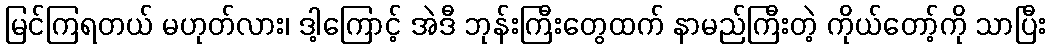
မြင်ကြရတယ် မဟုတ်လား၊ ဒါ့ကြောင့် အဲဒီ ဘုန်းကြီးတွေထက် နာမည်ကြီးတဲ့ ကိုယ်တော့်ကို သာပြီး